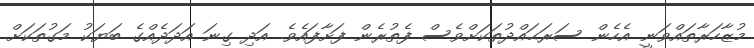
މުޒާހަރާތައްވަނީ އެހެން ސަރަޙައްދުތަކަށްވެސް ފެތުރެން ފަށާފައެވެ. އަދި ގިނަ އަދަދެއްގެ ބަޔަކު މަގުތަކަށް